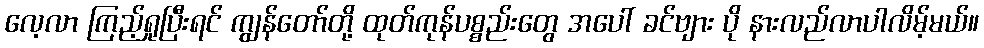
လေ့လာ ကြည့်ရှုပြီးရင် ကျွန်တော်တို့ ထုတ်ကုန်ပစ္စည်းတွေ အပေါ် ခင်ဗျား ပို နားလည်လာပါလိမ့်မယ်။